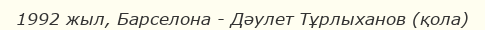
1992 жыл, Барселона - Дәулет Тұрлыханов (қола)